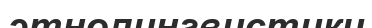
этнолингвистики